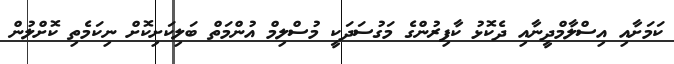
ކަމަށާއި އިސްލާމްދީނާއި ދެކޮޅު ކާފިރުންގެ މަގުސަދަކީ މުސްލިމް އުންމަތް ބަލިކަށިކޮށް ނިކަމެތި ކޮށްލުން